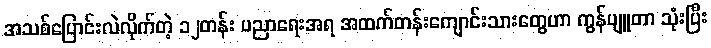
အသစ်ပြောင်းလဲလိုက်တဲ့ ၁၂တန်း ပညာရေးအရ အထက်တန်းကျောင်းသားတွေဟာ ကွန်ပျူတာ သုံးပြီး